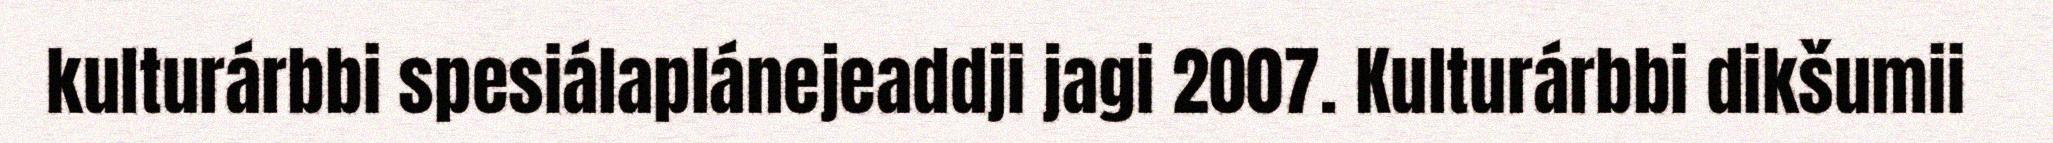
kulturárbbi spesiálaplánejeaddji jagi 2007. Kulturárbbi dikšumii